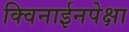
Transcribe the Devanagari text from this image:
क्विनाईनपेक्षा